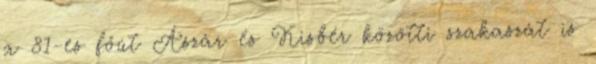
a 81-es főút Ászár és Kisbér közötti szakaszát is